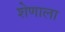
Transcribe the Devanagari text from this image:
शेणाला